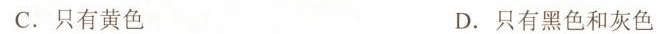
C.只有黄色 D.只有黑色和灰色